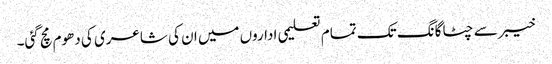
خیبر سے چٹاگانگ تک تمام تعلیمی اداروں میں ان کی شاعری کی دھوم مچ گئی۔